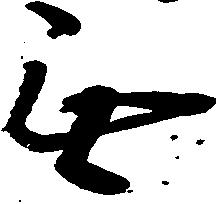
無